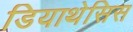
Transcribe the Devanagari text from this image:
डियाथेसिस